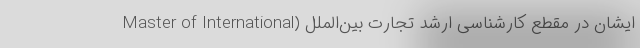
ایشان در مقطع کارشناسی ارشد تجارت بین‌الملل (Master of International